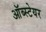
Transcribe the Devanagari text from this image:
ऑब्स्टेयर